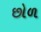
છોળ